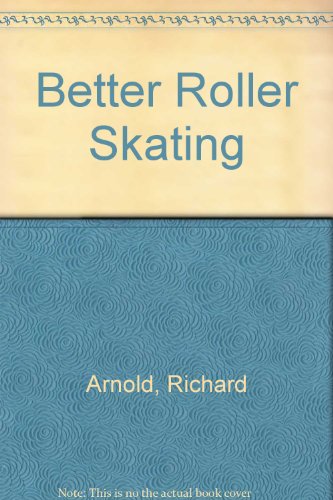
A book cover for Better Roller Skating; Richard Arnold; Sports & Outdoors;